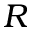
R